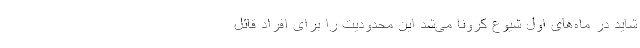
شاید در ماه‌های اول شیوع کرونا می‌شد این محدودیت را برای افراد قائل